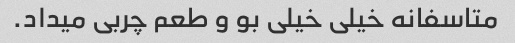
متاسفانه خیلی خیلی بو و طعم چربی میداد.